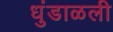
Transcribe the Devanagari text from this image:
धुंडाळली